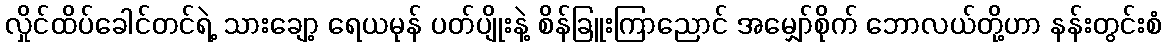
လှိုင်ထိပ်ခေါင်တင်ရဲ့ သားချော့ ရေယမုန် ပတ်ပျိုးနဲ့ စိန်ခြူးကြာညောင် အမျှော်စိုက် ဘောလယ်တို့ဟာ နန်းတွင်းစံ